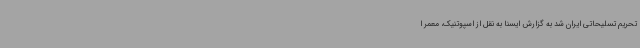
تحریم تسلیحاتی ایران شد به گزارش ایسنا به نقل از اسپوتنیک، معمر ا